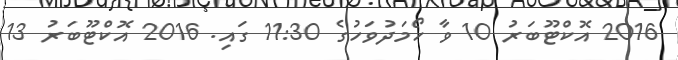
2016 އޮކްޓޫބަރު 10 ވާ ހޯމަދުވަހުގެ 11:30 ގައި. 2016 އޮކްޓޫބަރު 13